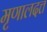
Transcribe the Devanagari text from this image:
मृणालदत्त